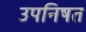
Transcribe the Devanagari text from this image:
उपनिषत